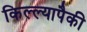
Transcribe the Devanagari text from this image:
किल्ल्यापैकी